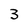
Character: 3